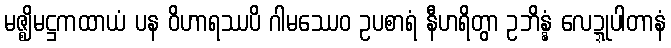
မဇ္ဈိမဋ္ဌကထာယံ ပန ဝိဟာရဿပိ ဂါမဿေဝ ဥပစာရံ နီဟရိတွာ ဥဘိန္နံ လေဍ္ဍုပါတာနံ